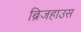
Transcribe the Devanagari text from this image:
ब्रिजहाउस